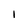
Character: 1